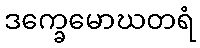
ဒက္ခေမောဃတရံ